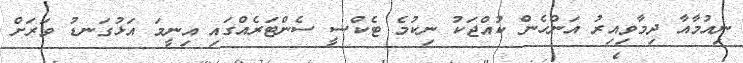
ނިއުމާއާ ދިމާވިއިރު އަންހެން ކުއްޖަކު ނިކުމެ ޓެކްސީ ސެންޓަރެއްގައި އިނީމަ އަޅުގަނޑު ވަރަށް